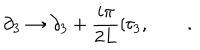
\partial _ { 3 } \rightarrow \partial _ { 3 } + \frac { i \pi } { 2 L } [ \tau _ { 3 } , \qquad .